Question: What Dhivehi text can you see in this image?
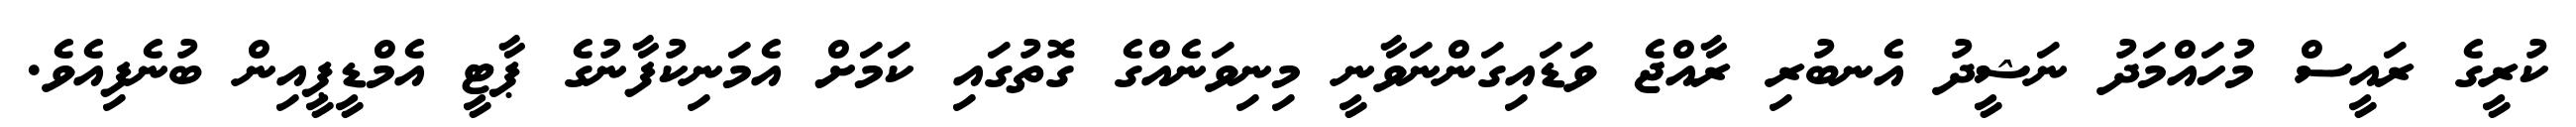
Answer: ކުރީގެ ރައީސް މުހައްމަދު ނަޝީދު އެނބުރި ރާއްޖެ ވަޑައިގަންނަވާނީ މިނިވަނެއްގެ ގޮތުގައި ކަމަށް އެމަނިކުފާނުގެ ޕާޓީ އެމްޑީޕީއިން ބުނެފިއެވެ.